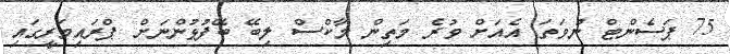
75 ޕަސެންޓް ނުވަތަ އެއަށް ވުރެ މަތިން މާކްސް ލިބޭ ބޭފުޅުންނަށް ޕްރައިމަރީގައި